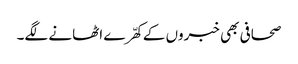
صحافی بھی خبروں کے کھّرے اٹھانے لگے۔